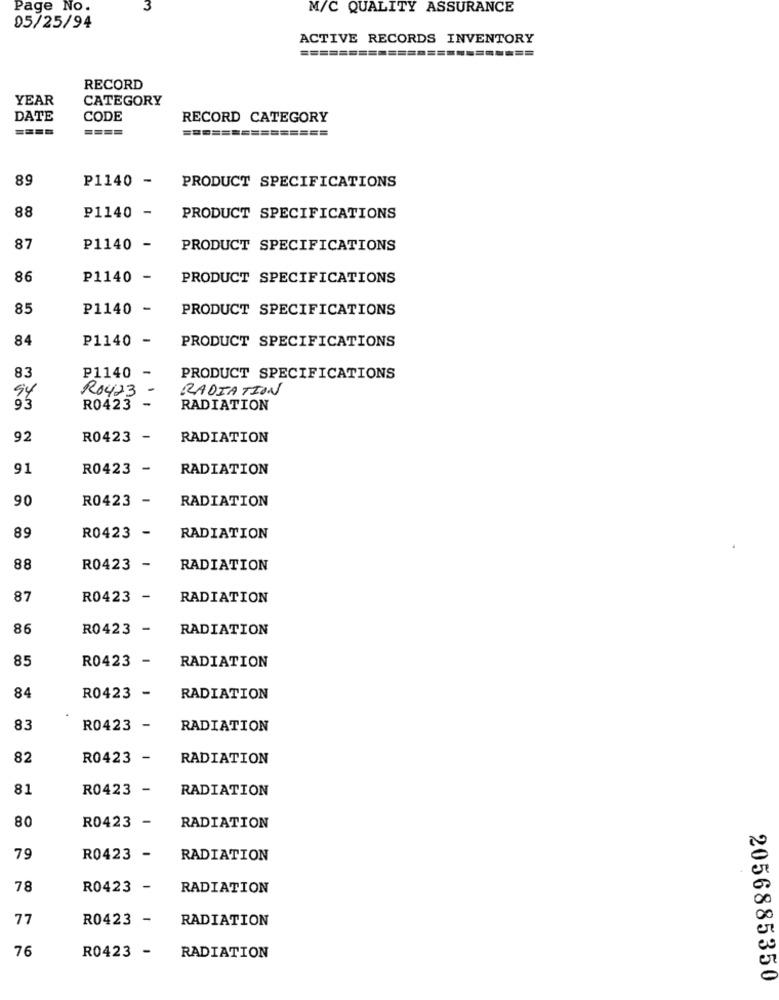
Page No.
3
M/C QUALITY ASSURANCE
05/25/94
ACTIVE RECORDS INVENTORY
RECORD
YEAR
CATEGORY
DATE
CODE
RECORD CATEGORY
====
===============
89
P1140 -
PRODUCT SPECIFICATIONS
88
P1140 -
PRODUCT SPECIFICATIONS
87
P1140 -
PRODUCT SPECIFICATIONS
86
P1140 -
PRODUCT SPECIFICATIONS
85
P1140 -
PRODUCT SPECIFICATIONS
84
P1140 -
PRODUCT SPECIFICATIONS
83
P1140 -
PRODUCT SPECIFICATIONS
94
R0423 -
RADIATION
93
R0423 -
RADIATION
92
R0423 -
RADIATION
91
R0423 -
RADIATION
90
RADIATION
R0423 -
89
R0423 -
RADIATION
88
R0423 -
RADIATION
87
R0423 -
RADIATION
86
R0423 -
RADIATION
R0423 -
85
RADIATION
84
R0423 -
RADIATION
83
R0423 -
RADIATION
82
R0423 -
RADIATION
81
R0423 -
RADIATION
80
R0423 -
RADIATION
79
R0423 -
RADIATION
78
R0423 -
RADIATION
77
R0423 -
RADIATION
76
R0423 -
RADIATION
2056885350